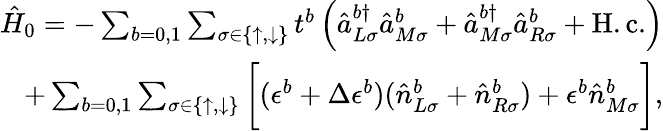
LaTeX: \begin{array}{r}{\hat{H}_{0}=-\sum_{b=0,1}\sum_{\sigma\in\{ \uparrow,\downarrow\} }t^{b}\left(\hat{a}_{L\sigma}^{b\dagger}\hat{a}_{M\sigma}^{b}+\hat{a}_{M\sigma}^{b\dagger}\hat{a}_{R\sigma}^{b}+\mathrm{H.c.}\right)}\\ {+\sum_{b=0,1}\sum_{\sigma\in\{ \uparrow,\downarrow\} }\bigg[(\epsilon^{b}+\Delta\epsilon^{b})(\hat{n}_{L\sigma}^{b}+\hat{n}_{R\sigma}^{b})+\epsilon^{b}\hat{n}_{M\sigma}^{b}\bigg],}\end{array}